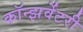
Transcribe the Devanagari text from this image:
कॉन्झर्वेटरी